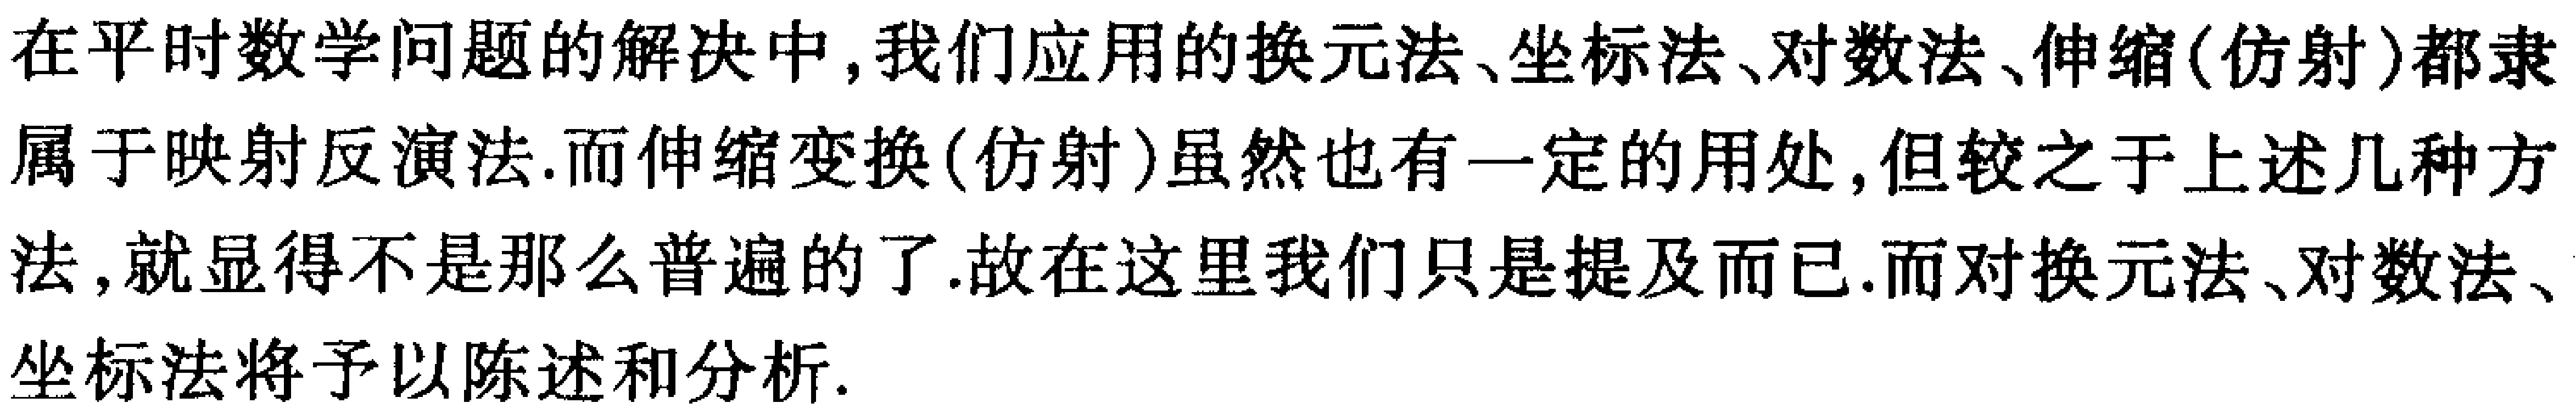
在平时数学问题的解决中, 我们应用的换元法、坐标法、对数法、伸缩(仿射)都隶属于映射反演法. 而伸缩变换(仿射)虽然也有一定的用处, 但较之于上述几种方法, 就显得不是那么普遍的了. 故在这里我们只是提及而已. 而对换元法、对数法、坐标法将予以陈述和分析.